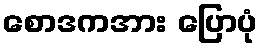
စောဒကအား ပြောပုံ